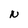
Character: N